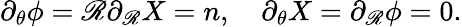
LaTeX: \partial_{\theta}\phi=\mathscr{R}\partial_{\mathscr{R}}X=n,\quad\partial_{\theta}X=\partial_{\mathscr{R}}\phi=0.